Cholera in India, 1862 to 1881
Year: 1862
Disease focus: Cholera
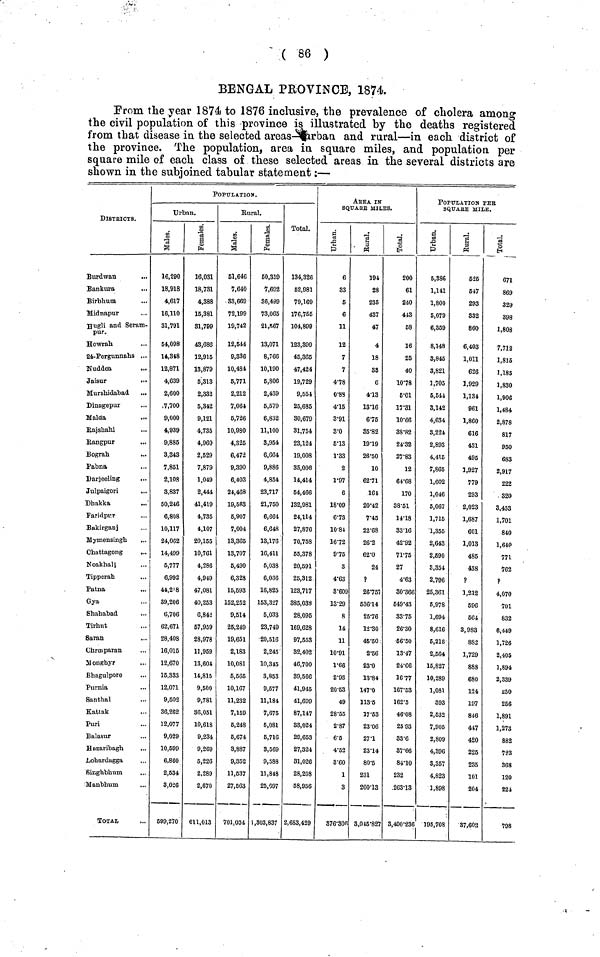
( 86 )
BENGAL PROVINCE, 1874.
Prom the year 1874 to 1876 inclusive, the prevalence of cholera among
the civil population of this province is illustrated by the deaths registered
from that disease in the selected areas—urban and rural—in each district of
the province. The population, area in square miles, and population, per
square mile of each class of these selected areas in the several districts are
shown in the subjoined tabular statement:—
DISTRICTS.
Burdwan
...
Bankura
Birbhum
Midnapur
Hugli and Seram-
pur.
Howrab
24-Pergunnahs ...
Nuddea
Jaisur
Mursbidabad
...
Dinngepur
Malda
Rajshahi
Rangpur
Bograb
Pabna
Darjeeling
Julpaigori
Dhakka
...
Faridpur
Bakirganj
Mymensingh
Chattagong
...
Noakhalj
Tipperah
Patna
Gya
Shababad
Tirhut
Saran
Chrmparan
Monghyr
Bhagulpore
Purnia
Santhal
Kattak
Puri
Balasur
Hnzaribagh
Lohardagga
Singhbhum
Manbhum
TOTAL
POPULATION.
Urban.
Males.
16,290
18,918
4,617
16,110
31,791
54,098
14,348
12,871
4,639
2,600
7,700
9,000
4,939
9,885
3,343
7,851
2,103
3,837
60,246
6,808
10,117
24,062
14,499
5,777
6,992
44,218
39,206
6,706
62,671
28,408
16,015
12,670
15,383
12,071
9,502
36,262
12,077
9,029
10,599
6,860
2,534
3,026
599,270
Females.
16,031
18,731
4,388
15,381
31,799
43,686
12,915
13,879
6,318
2,832
5,342
9,121
4,735
4,960
2,529
7,879
1,049
2,444
41,419
4,735
4,107
20,155
10,761
4,286
4,949
47,081
40,253
6,842
57,959
28,978
11,959
13,604
14,815
9,500
9,781
86,051
10,618
9,234
9,269
6,226
2,289
2,670
611,013
Rural.
Males.
51,646
7,640
33,669
72,199
19,742
12,544
9,336
10,484
6,771
2,212
7,064
5,726
10,930
4,325
6,472
9,390
6,403
24,468
19,563
5,907
7,004
13,365
13,707
6,490
6,328
15,593
152,252
9,514
25,249
19,651
2,183
10,081
6,565
10,167
11,232
7,159
5,248
5,674
3,887
9,352
11,537
27,563
701,034
Females.
50,359
7,692
36,499
73,065
21,567
13,071
8,766
10,190
5,806
2,439
5,579
6,832
11,100
3,954
6,664
9,886
4,854
23,717
21,750
6,664
6,648
13,176
16,411
5,038
6,036
16,825
153,327
5,033
23,749
20,516
2,245
10,345
3,853
9,677
11,181
7,675
5,081
6,716
3,569
9,588
11,848
25,097
1,303,837
Total.
134,326
52,981
79,169
176,755
104,899
123,399
45,365
47,424
19,729
9,554
25,685
30,679
31,754
23,124
19,008
35,006
14,414
64,466
132,981
24,114
27,876
70,758
55,378
20,591
25,312
123,717
385,033
28,095
169,628
97,553
82,402
46,700
89,566
41,945
41,699
87,147
33,024
29,653
27,324
31,026
28,208
68,956
2,683,429
AREA IN
SQUARE MILES.
Urban.
6
83
5
6
11
12
7
7
4.78
0.88
415
3.91
3.0
5.13
1.33
2
1.97
6
18..09
6.73
10 84
1672
9.75
3
4.63
3.609
13.29
8
14
11
10.91
1.66
2.93
20.53
49
28.55
2.87
6.5
4.52
3.60
1
3
876.300
Rural.
194
28
235
437
47
4
18
33
6
4.13
13.16
6.75
35.82
19.19
26.50
10
62.71
161
20.42
7.45
22.68
26.2
62.0
24
P
26.757
636.14
25.76
12.30
45.50
2.56
23.0
13.84
147.0
113.5
17.53
23.06
27.1
23.14
80.5
231
260.13
3,045.827
Total.
200
61
240
443
68
16
25
40
10.78
5.01
17.31
10.66
38.82
24.32
27.83
12
64.68
170
38.51
14.18
33.16
42.92
71.75
27
4.63
30.366
649.43
33.75
26.30
66.50
13.47
24.66
1677
167.53
162.5
46.08
25 93
33.6
37.66
84.10
232
263.13
3,400.236
POPULATION PER
SQUARE MILE.
Urban.
5,386
1,141
1,800
5,079
6,359
8,148
3,845
3,821
1,705
5,541
3,142
4,634
8,221
2,893
4,415
7,865
1,602
1,046
5,067
1,715
1,355
2,643
2,690
8,354
2,796
25,361
6,978
1,694
8,616
6,218
2,504
15,827
10,289
1,081
893
2,532
7,905
2,809
4,896
3,357
4,823
1,898
195,708
Rural.
525
547
293
832
860
6,403
1,011
626
1,929
1,131
961
1,860
616
431
495
1,927
779
293
2,023
1,687
601
1,013
486
438
P
1,212
596
664
3,983
882
1,729
888
680
124
197
846
417
420
225
235
101
204
37,603
671
869
329
398
1,808
7,712
1,816
1,185
1,830
1,906
1,484
2,878
817
950
683
2,917
222
320
3,453
1,701
840
1,610
771
762
?
4,070
701
832
6,449
1,726
2,405
1,894
2,339
250
256
1,891
1,273
882
723
368
120
221
798